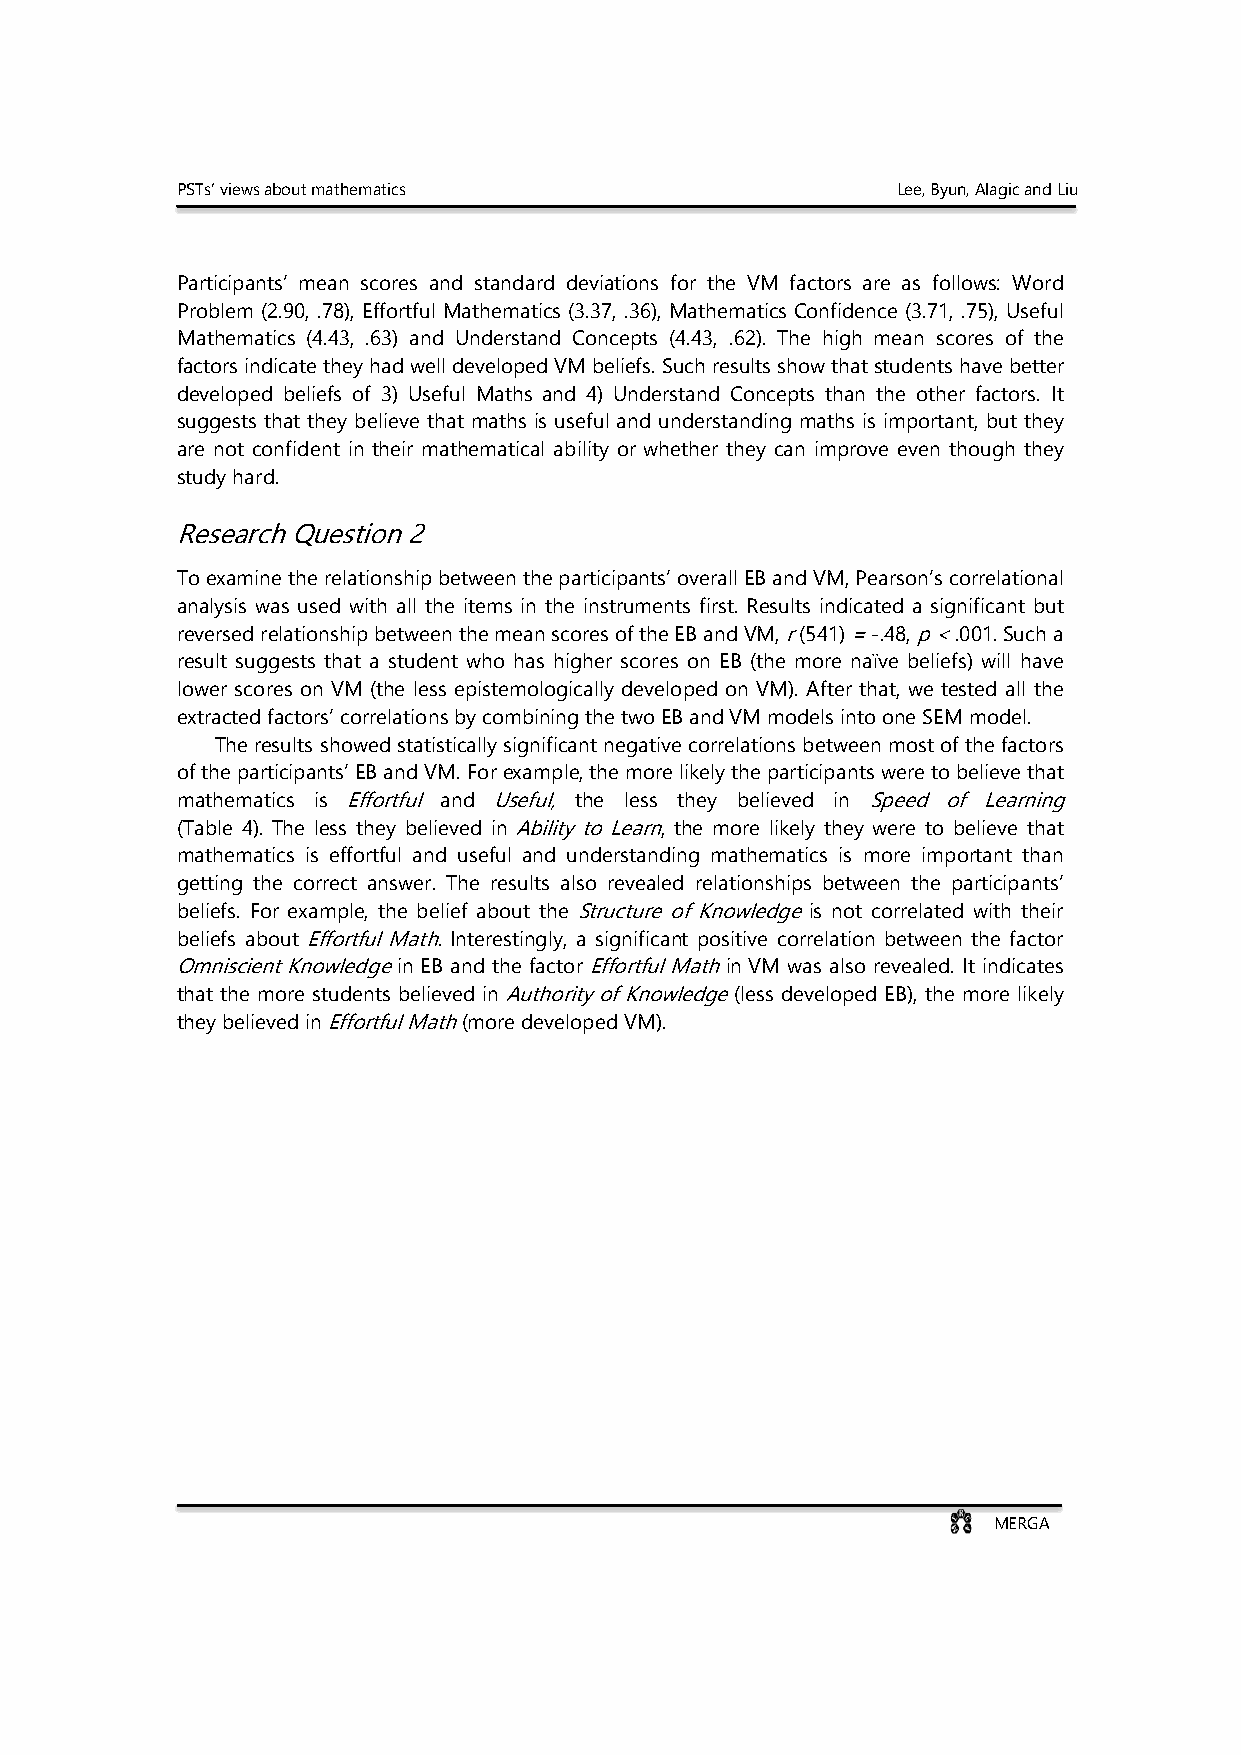
PSTs’ views about mathematics                  Lee, Byun, Alagic and Liu
 Participants’ mean scores and standard deviations for the VM factors are as follows: Word
 Problem (2.90, .78), Effortful Mathematics (3.37, .36), Mathematics Confidence (3.71, .75), Useful
 Mathematics (4.43, .63) and Understand Concepts (4.43, .62). The high mean scores of the
 factors indicate they had well developed VM beliefs. Such results show that students have better
 developed beliefs of 3) Useful Maths and 4) Understand Concepts than the other factors. It
 suggests that they believe that maths is useful and understanding maths is important, but they
 are not confident in their mathematical ability or whether they can improve even though they
 study hard.
 Research Question 2
 To examine the relationship between the participants’ overall EB and VM, Pearson’s correlational
 analysis was used with all the items in the instruments first. Results indicated a significant but
 reversed relationship between the mean scores of the EB and VM, r (541) = -.48, p < .001. Such a
 result suggests that a student who has higher scores on EB (the more naïve beliefs) will have
 lower scores on VM (the less epistemologically developed on VM). After that, we tested all the
 extracted factors’ correlations by combining the two EB and VM models into one SEM model.
 The results showed statistically significant negative correlations between most of the factors
 of the participants’ EB and VM. For example, the more likely the participants were to believe that
 mathematics is Effortful and Useful, the less they believed in Speed of Learning
 (Table 4) . The less they believed in Ability to Learn, the more likely they were to believe that
 mathematics is effortful and useful and understanding mathematics is more important than
 getting the correct answer. The results also revealed relationships between the participants’
 beliefs. For example, the belief about the Structure of Knowledge is not correlated with their
 beliefs about Effortful Math. Interestingly, a significant positive correlation between the factor
 Omniscient Knowledge in EB and the factor Effortful Math in VM was also revealed. It indicates
 that the more students believed in Authority of Knowledge (less developed EB), the more likely
 they believed in Effortful Math (more developed VM).
 MERGA